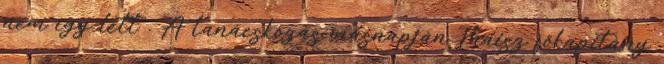
nem így lett . A tanácskozás másnapján Thaisz főkapitány